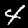
Digit: 4